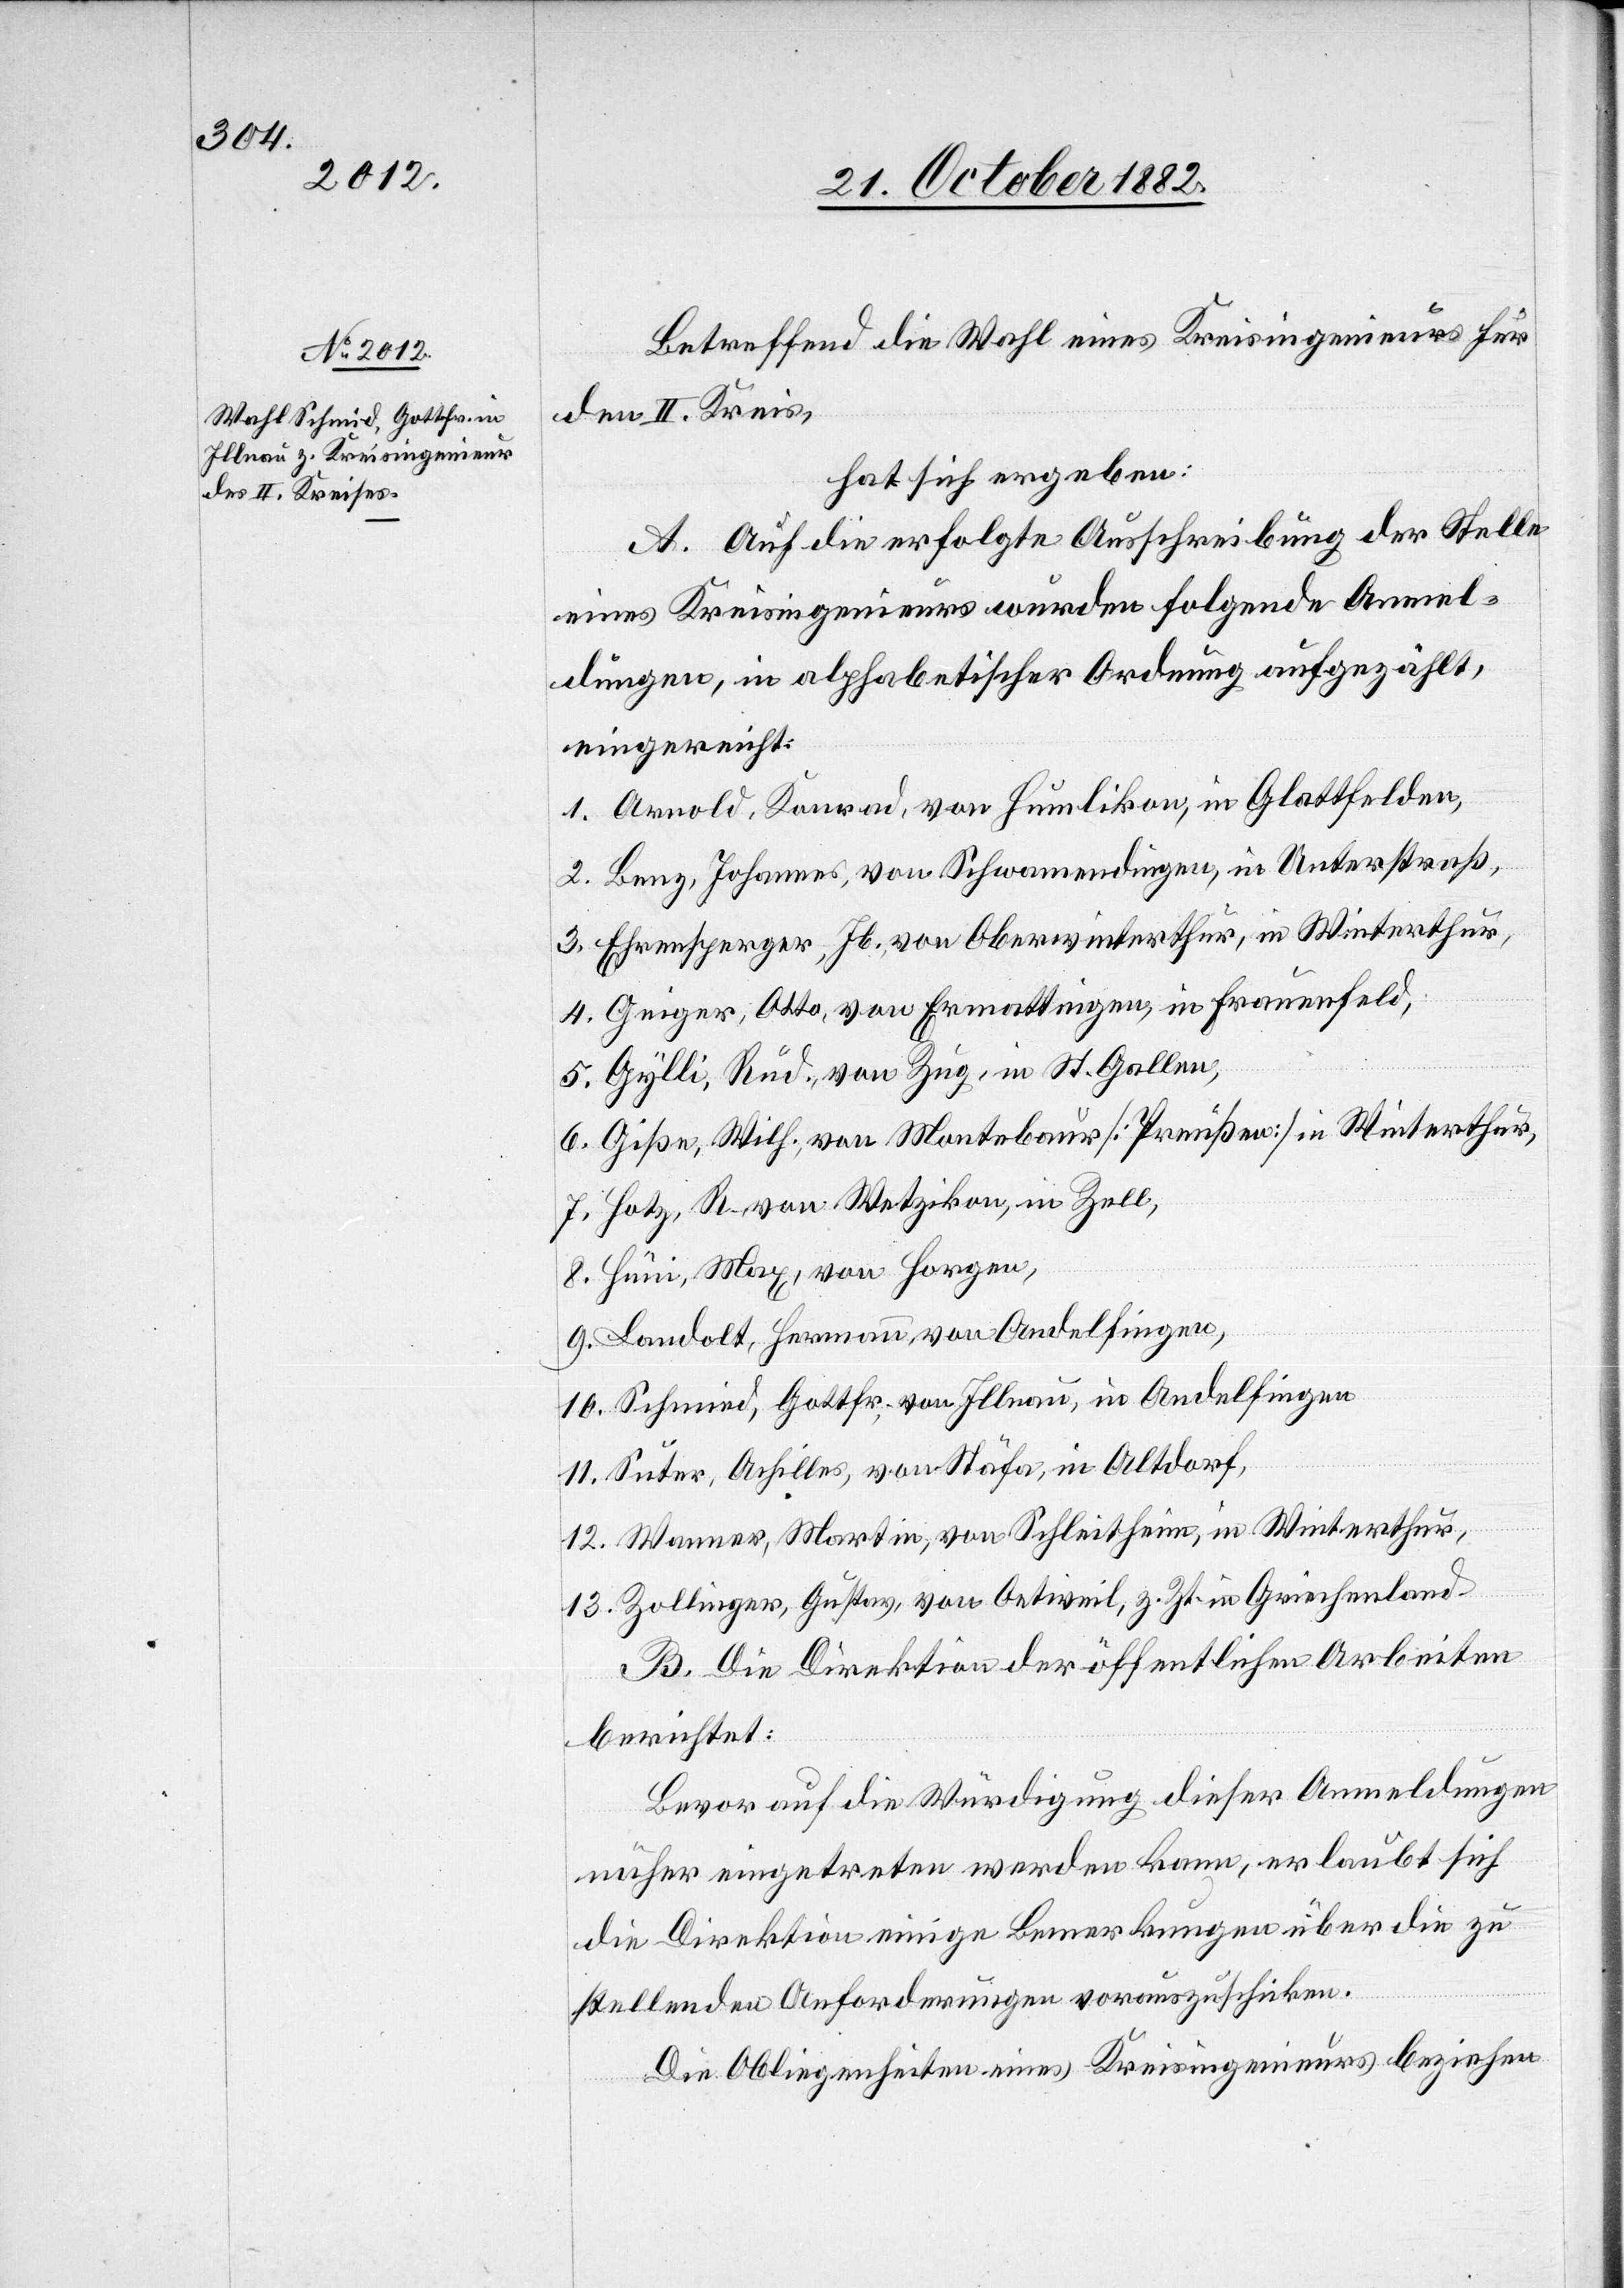
Betreffend die Wahl eines Kreisingenieurs für
den II. Kreis,
hat sich ergeben:
A. Auf die erfolgte Ausschreibung der Stelle
eines Kreisingenieurs wurden folgende Anmel¬
dungen, in alphabetischer Ordnung aufgezählt,
eingereicht:
1. Arnold, Konrad, von Humlikon, in Glattfelden,
2. Benz, Johannes, von Schwamendingen, in Unterstraß,
3. Ehrensperger, Jb. von Oberwinterthur, in Winterthur,
4. Geiger, Otto, von Ermattingen, in Frauenfeld,
5. Gylli, Rud., von Zug, in St. Gallen,
6. Giße, Wilh. von Montebaur [Preußen] in Winterthur,
7. Hotz, R. von Wetzikon, in Zell,
8. Hüni, Max, von Horgen,
9. Landolt, Hermann, von Andelfingen,
10. Schmied, Gottfr., von Illnau, in Andelfingen
11. Suter, Achilles, von Stäfa, in Altdorf,
12. Wanner, Martin, von Schleitheim, in Winterthur,
13. Zollinger, Gustav, von Oetweil, z. Zt. in Griechenland.
B. Die Direktion der öffentlichen Arbeiten
berichtet:
Bevor auf die Würdigung dieser Anmeldungen
näher eingetreten werden kann, erlaubt sich
die Direktion einige Bemerkungen über die zu
stellenden Anforderungen vorauszuschicken.
Die Obliegenheiten eines Kreisingenieurs beziehen